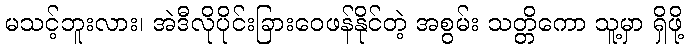
မသင့်ဘူးလား၊ အဲဒီလိုပိုင်းခြားဝေဖန်နိုင်တဲ့ အစွမ်း သတ္တိကော သူ့မှာ ရှိဖို့